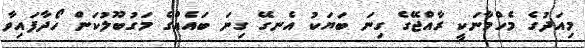
މިއަދުގެ މެހްމާނަކީ ރާއްޖޭގެ ގިނަ ބަޔަކު އެނގޭ ގިނަ ބައެއްގެ މަގުބޫލުކަން ހޯދާފައިވާ